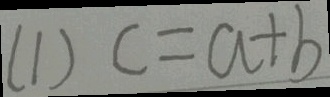
( 1 ) c = a + b